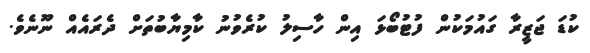
ކުޑަ ޖަޒީރާ ގައުމަކުން ފުޓުބޯޅަ އިން ހާސިލު ކުރެވުނު ކާމިޔާބުތަށް ދެރައެއް ނޫނެވެ.